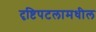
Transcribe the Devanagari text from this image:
दृष्टिपटलामधील